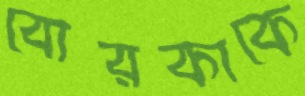
বোরকাকে